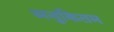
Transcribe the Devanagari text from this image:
अनुक्रितम